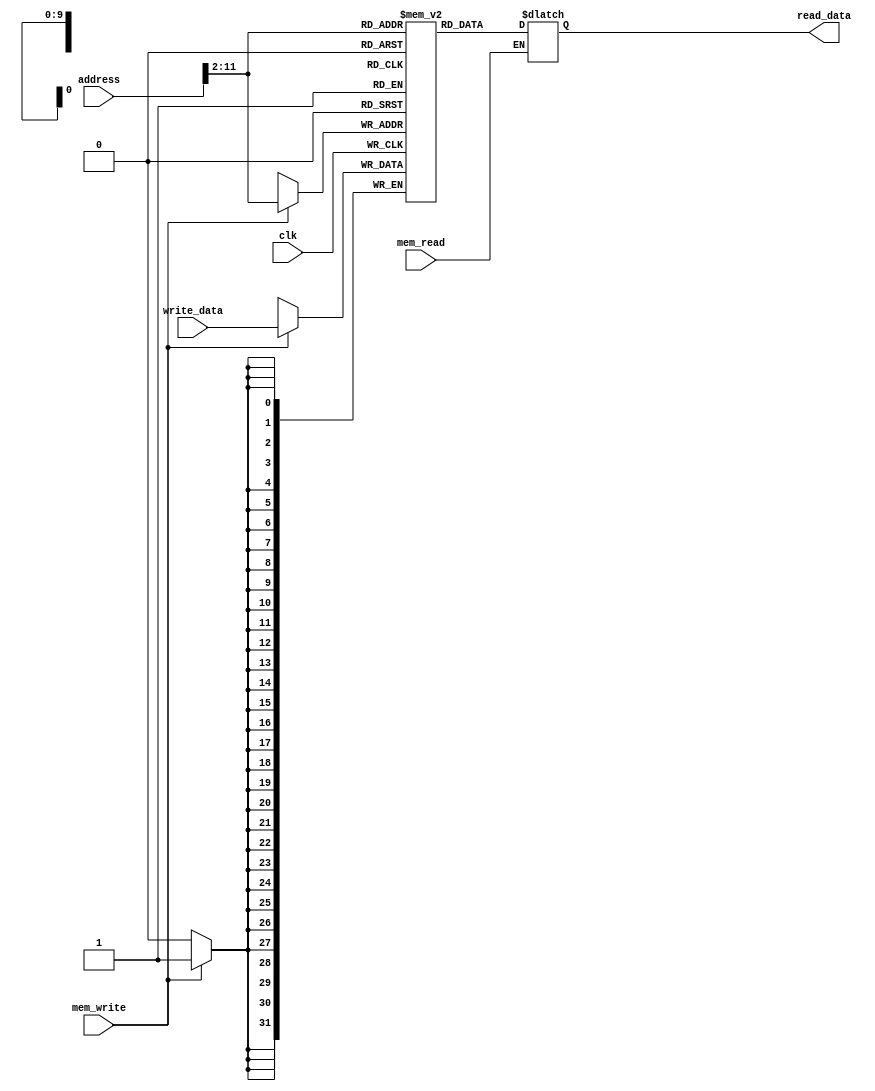
`timescale 1ns / 1ps

module data_memory(clk, mem_read, mem_write,
                  address, write_data,
                  read_data);

    input clk;
    input mem_read;
    input mem_write;
    input [31:0] address;
    input [31:0] write_data;
    output reg [31:0] read_data;

    reg [31:0] data [0:1023];

    integer i;
    initial begin
        for (i = 0; i < 1024; i = i + 1) begin
            data[i] = 32'b0;
        end
    end
    
    always@(posedge clk) begin
        if (mem_write)
            data[address[11:2]] <= write_data;
    end
    
    always@(mem_read, address) begin
        if (mem_read)
            read_data = data[address[11:2]];
    end
    
endmodule